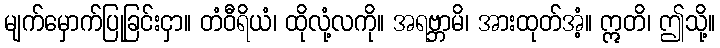
မျက်မှောက်ပြုခြင်းငှာ။ တံဝီရိယံ၊ ထိုလုံ့လကို။ အရဗ္ဘာမိ၊ အားထုတ်အံ့။ ဣတိ၊ ဤသို့။